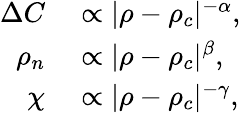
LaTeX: \begin{array}{rl}{\Delta C}&{{}\propto\vert\rho-\rho_{c}\vert^{-\alpha},}\\ {\rho_{n}}&{{}\propto\vert\rho-\rho_{c}\vert^{\beta},}\\ {\chi}&{{}\propto\vert\rho-\rho_{c}\vert^{-\gamma},}\end{array}